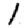
Digit: 1